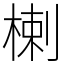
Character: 楋